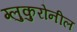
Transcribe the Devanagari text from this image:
ग्लुकुरोनील